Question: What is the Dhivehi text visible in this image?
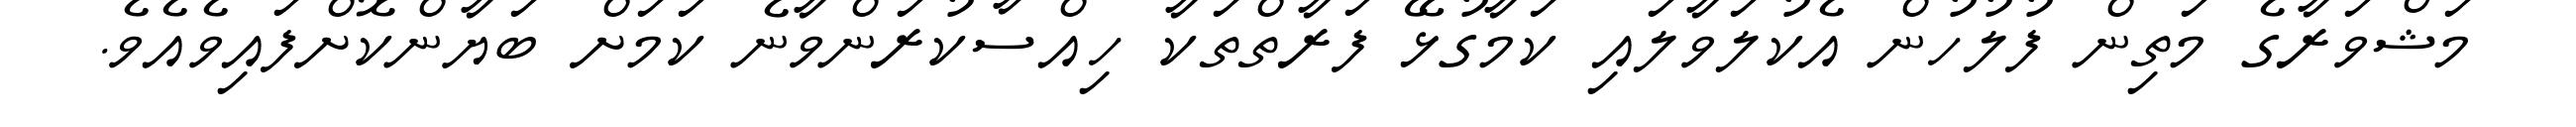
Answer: މަޝްވަރާގެ މަތިން ފުލުހުން އެކުލަވާލައި ކަމާގުޅޭ ފަރާތްތަކާ ހިއްސާކުރަންވާނެ ކަމަށް ބަޔާންކޮށްފައިވެއެވެ.